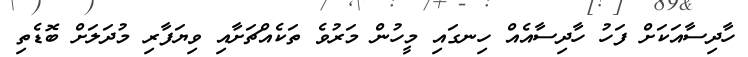
ހާދިސާއަކަށް ފަހު ހާދިސާއެއް ހިނގައި މީހުން މަރުވެ ތަކެއްޗަށާއި ވިޔަފާރި މުދަލަށް ބޮޑެތި